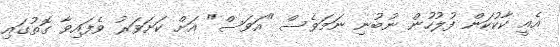
އެއީ ކާކުކަން ފުލުހުން ނުބުނި ނަމަވެސް "އަވަސް" އަށް ކަށަވަރު ވެފައިވާ ގޮތުގައި